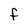
Character: F